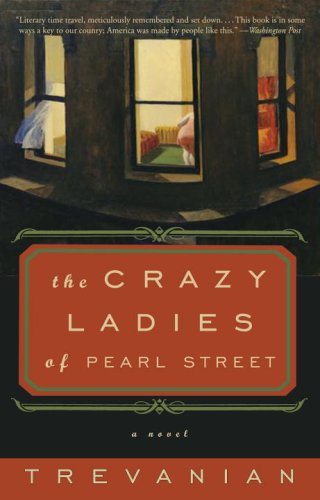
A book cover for The Crazyladies of Pearl Street: A Novel; Trevanian; Biographies & Memoirs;